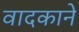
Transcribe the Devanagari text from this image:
वादकाने